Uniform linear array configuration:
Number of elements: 12
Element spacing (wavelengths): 0.25
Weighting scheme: blackman
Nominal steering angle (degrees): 45
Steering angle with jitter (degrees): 46.84
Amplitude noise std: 0.05
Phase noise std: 0.05

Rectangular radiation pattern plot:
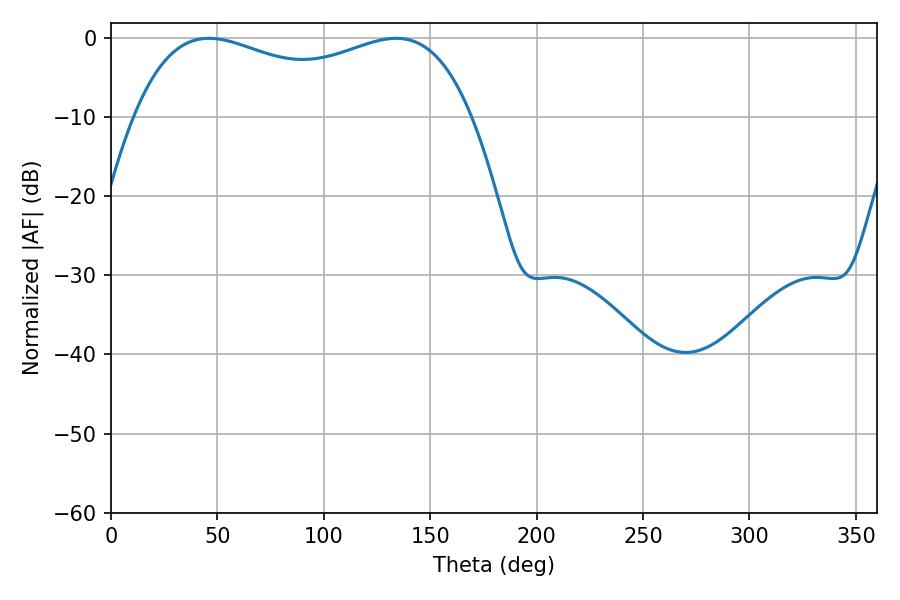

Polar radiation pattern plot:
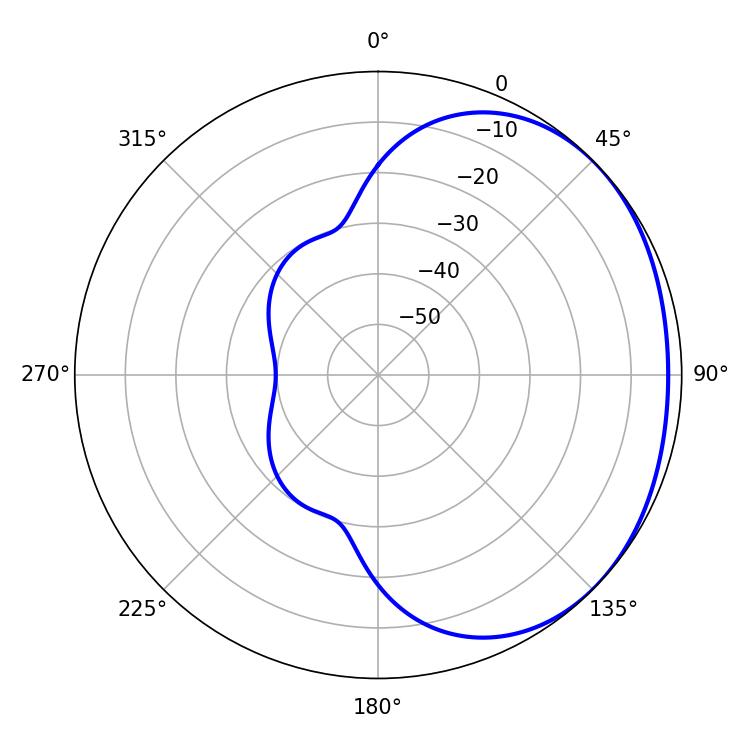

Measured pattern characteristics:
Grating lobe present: FALSE
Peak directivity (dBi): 1.497
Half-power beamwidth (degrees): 130.32
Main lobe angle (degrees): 46.08